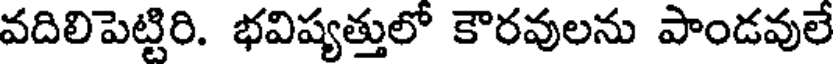
వదిలిపెట్టిరి. భవిష్యత్తులో కౌరవులను పాండవులే